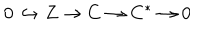
0 \hookrightarrow { } Z \rightarrow { } C \rightarrow { } C ^ { * } \rightarrow { } 0